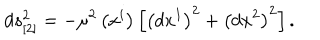
d s _ { [ 2 ] } ^ { 2 } = - \mu ^ { 2 } \left( x ^ { i } \right) \left[ \left( d x ^ { 1 } \right) ^ { 2 } + \left( d x ^ { 2 } \right) ^ { 2 } \right] .